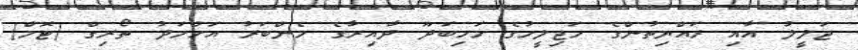
ޖަލީލު އާއި ރައްޔިތުންގެ މަޖިލީހުގެ މަހިބަދޫ ދާއިރާގެ މެންބަރު އަހްމަދު ތޯރިގް (ޓޮމް)